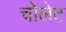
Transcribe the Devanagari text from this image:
चोलेट